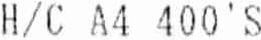
H/C A4 400'S